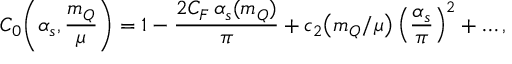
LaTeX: C _ { 0 } \! \left( \alpha _ { s } , \frac { m _ { Q } } { \mu } \right) = 1 - \frac { 2 C _ { F } \, \alpha _ { s } ( m _ { Q } ) } { \pi } + c _ { 2 } \! \left( m _ { Q } / \mu \right) \left( \frac { \alpha _ { s } } { \pi } \right) ^ { 2 } + \ldots ,